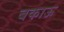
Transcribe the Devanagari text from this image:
बकाऊ